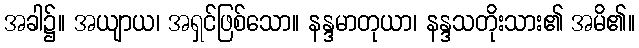
အခါ၌။ အယျာယ၊ အရှင်ဖြစ်သော။ နန္ဒမာတုယာ၊ နန္ဒသတိုးသား၏ အမိ၏။